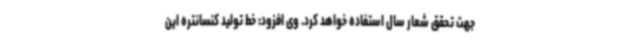
جهت تحقق شعار سال استفاده خواهد کرد. وی افزود: خط تولید کنسانتره این